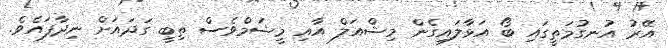
އޭރު އުނގުމަތީގައި ބޯ އަޅާލައިގެން މިޝްއަލް އާއި މީޝަމްވެސް ތިބީ ގަދައަށް ނިދާފައެވެ.